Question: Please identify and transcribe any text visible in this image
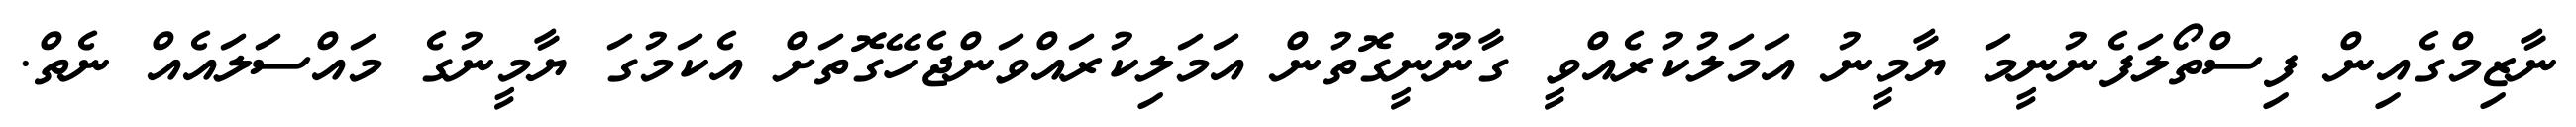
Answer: ނާޒިމްގެއިން ފިސްތޯލަފެނުނީމަ ޔާމީނު އަމަލުކުރެއްވީ ގާނޫނީގޮތުން އަމަލިކުރައްވަންޖެހޭގޮތަށް އެކަމުގަ ޔާމީނުގެ މައްސަލައެއް ނެތް.